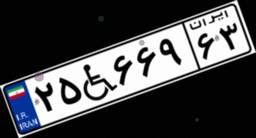
۲۵W۶۶۹۶۳